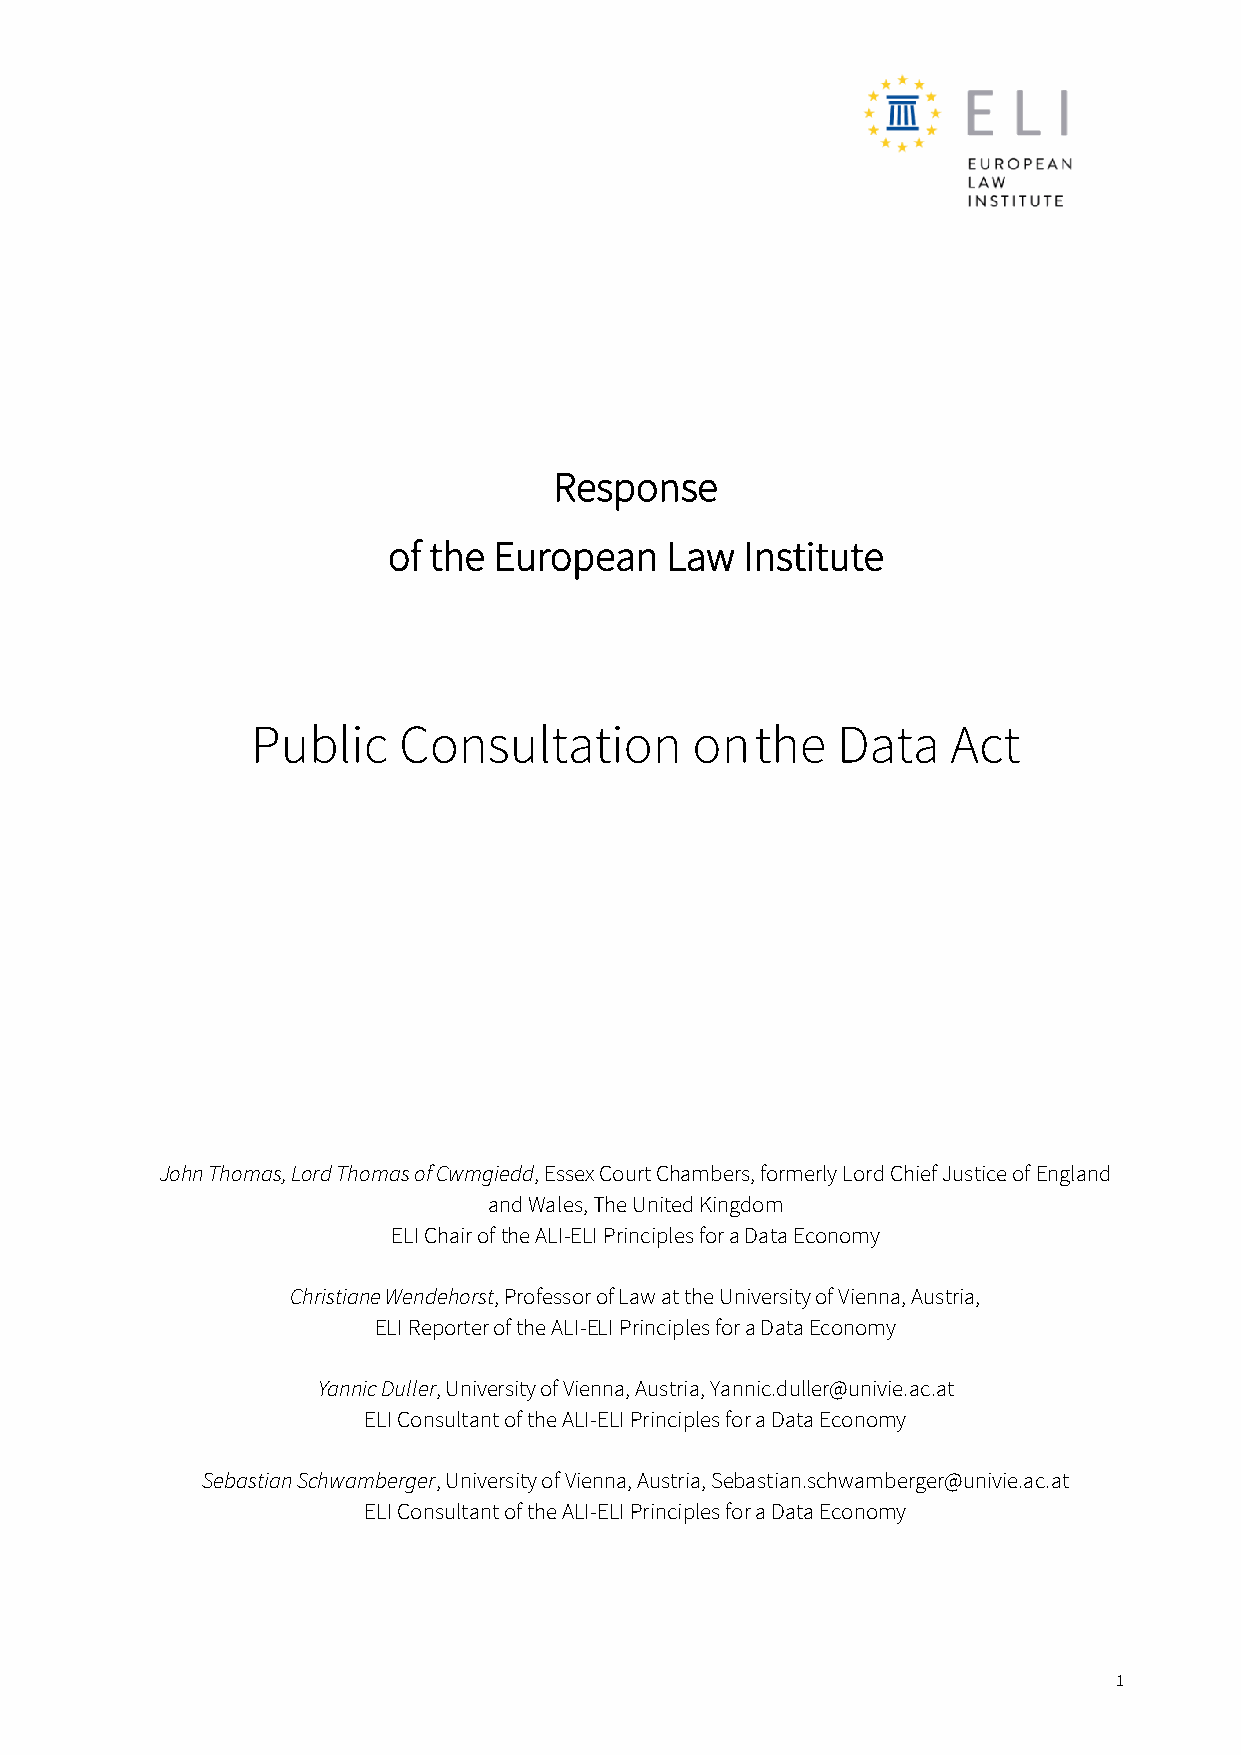
Response
 of the European   Law  Institute
 Public   Consultation        on  the  Data    Act
 John Thomas, Lord Thomas of Cwmgiedd, Essex Court Chambers, formerly Lord Chief Justice of England
 and Wales, The United Kingdom
 ELI Chair of the ALI-ELI Principles for a Data Economy
 Christiane Wendehorst, Professor of Law at the University of Vienna, Austria,
 ELI Reporter of the ALI-ELI Principles for a Data Economy
 Yannic Duller, University of Vienna, Austria, Yannic.duller@univie.ac.at
 ELI Consultant of the ALI-ELI Principles for a Data Economy
 Sebastian Schwamberger, University of Vienna, Austria, Sebastian.schwamberger@univie.ac.at
 ELI Consultant of the ALI-ELI Principles for a Data Economy
 1